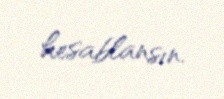
hesablansın.